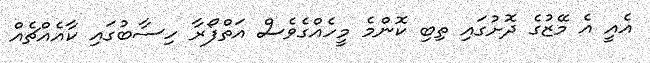
އެއީ އެ މޭޒުގެ ދޮށުގައި ތިބި ކޮންމެ މީހެއްގެވެސް އަތްފޯރާ ހިސާބުގައި ކާއެއްޗެއް